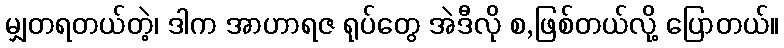
မျှတရတယ်တဲ့၊ ဒါက အာဟာရဇ ရုပ်တွေ အဲဒီလို စ,ဖြစ်တယ်လို့ ပြောတယ်။